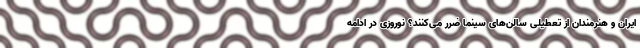
ایران و هنرمندان از تعطیلی سالن‌های سینما ضرر می‌کنند؟ نوروزی در ادامه